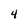
Character: 4